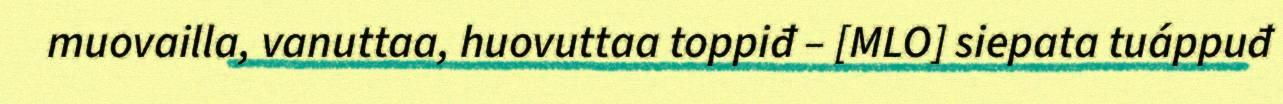
muovailla, vanuttaa, huovuttaa toppiđ – [MLO] siepata tuáppuđ